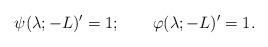
LaTeX: \begin{align*} \psi(\lambda;-L)'=1; \qquad \varphi(\lambda;-L)'=1.\end{align*}